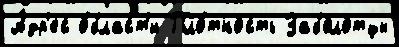
А́др'ес о́бласт'и Пло́тность Заболотцы